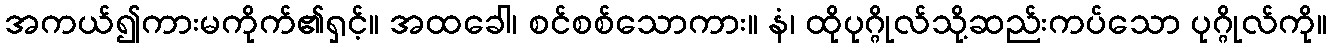
အကယ်၍ကားမကိုက်၏ရှင့်။ အထခေါ၊ စင်စစ်သောကား။ နံ၊ ထိုပုဂ္ဂိုလ်သို့ဆည်းကပ်သော ပုဂ္ဂိုလ်ကို။